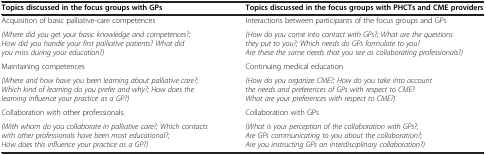
| Topics discussed in the focus groups with GPs | Topics discussed in the focus groups with PHCTs and CME providers |
 | --- | --- |
 | Acquisition of basic palliative-care competences | Interactions between participants of the focus groups and GPs |
 | (Where did you get your basic knowledge and competences?; How did you handle your first palliative patients? What did you miss during your education?) | (How do you come into contact with GPs?; What are the questions they put to you?; Which needs do GPs formulate to you? Are these the same needs that you see as collaborating professionals?) |
 | Maintaining competences | Continuing medical education |
 | (Where and how have you been learning about palliative care?; Which kind of learning do you prefer and why?; How does the learning influence your practice as a GP?) | (How do you organize CME?; How do you take into account the needs and preferences of GPs with respect to CME? What are your preferences with respect to CME?) |
 | Collaboration with other professionals. | Collaboration with GPs |
 | (With whom do you collaborate in palliative care?; Which contacts with other professionals have been most educational?; How does this influence your practice as a GP?) | (What is your perception of the collaboration with GPs?; Are GPs communicating to you about the collaboration?; Are you instructing GPs on interdisciplinary collaboration?) |